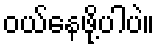
ဝယ်နေဖို့ပါပဲ။